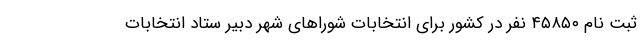
ثبت نام ۴۵۸۵۰ نفر در کشور برای انتخابات شوراهای شهر دبیر ستاد انتخابات